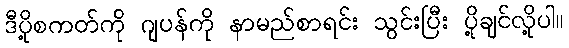
ဒီပို့စကတ်ကို ဂျပန်ကို နာမည်စာရင်း သွင်းပြီး ပို့ချင်လို့ပါ။